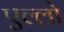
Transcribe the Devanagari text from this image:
एल्लो